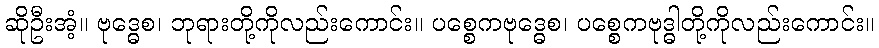
ဆိုဦးအံ့။ ဗုဒ္ဓေစ၊ ဘုရားတို့ကိုလည်းကောင်း။ ပစ္စေကဗုဒ္ဓေစ၊ ပစ္စေကဗုဒ္ဓါတို့ကိုလည်းကောင်း။